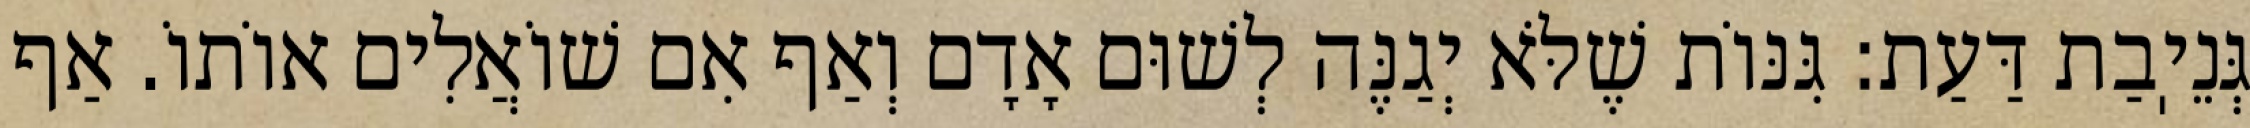
גְּנֵיֽבַת דַּעַת: גִּנּוֹת שֶׁלֹּא יְגַנֶּה לְשׁוּם אָדָם וְאַף אִם שׁוֹאֲלִים אוֹתוֹ. אַף